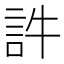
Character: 𧥸